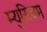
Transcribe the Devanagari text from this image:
म्युसियम